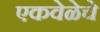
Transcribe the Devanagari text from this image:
एकवेळेचे